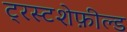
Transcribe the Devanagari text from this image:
ट्रस्टशेफ़ील्ड